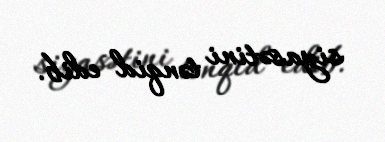
siyasətini tənqid edib.